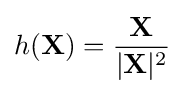
h(\mathbf {X} )={\frac {\mathbf {X} }{|\mathbf {X} |^{2}}}